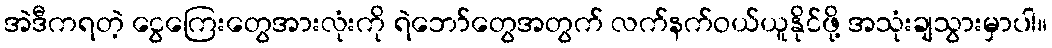
အဲဒီကရတဲ့ ငွေကြေးတွေအားလုံးကို ရဲဘော်တွေအတွက် လက်နက်ဝယ်ယူနိုင်ဖို့ အသုံးချသွားမှာပါ။